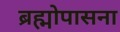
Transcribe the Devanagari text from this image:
ब्रह्मोपासना